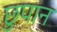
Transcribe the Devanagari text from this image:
छुपान